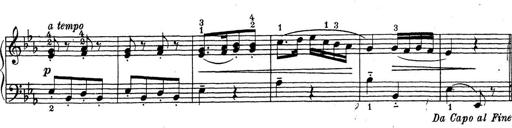
Title: ÄŒeskÃ© Sonatiny
Composer: Various